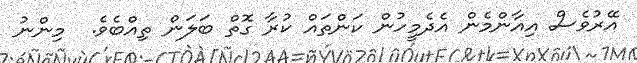
އޭރުވެސް އިއާންމެން އެދެމީހުން ކަންތައް ކުރާ ގޮތް ބަލަން ތިއްބެވެ.  މިންނު